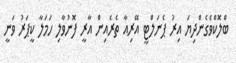
ބްލޮކްވެގެންދިޔަ އިރު ޕެނަލްޓީ އޭރިއާ ތެރެއިން އާރީ ފޮނުވާލި ހަމަލާ ކީޕަރު ވަނީ